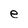
Character: e